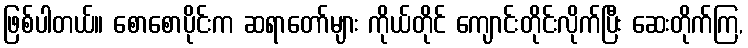
ဖြစ်ပါတယ်။ စောစောပိုင်းက ဆရာတော်များ ကိုယ်တိုင် ကျောင်းတိုင်းလိုက်ပြီး ဆေးတိုက်ကြ,